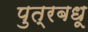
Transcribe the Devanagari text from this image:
पुत्रबधू